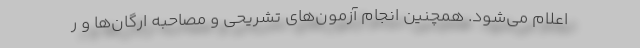
اعلام می‌شود. همچنین انجام آزمون‌های تشریحی و مصاحبه ارگان‌ها و ر